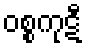
ဝစ္စကုဋီ